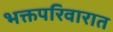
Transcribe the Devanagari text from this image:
भक्तपरिवारात